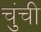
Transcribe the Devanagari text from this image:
चुंची